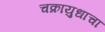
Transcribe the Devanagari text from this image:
चक्रायुधाचा